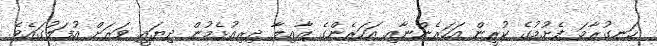
ހަނގުރާމަ ފެށުމުގެ ކުރީން އަހަރެންނާއި އަހަރެންގެ ޢާއިލާ ދިރިއުޅެމުން ދިޔައީ ވަރަށް އުފަލުގައެވެ.